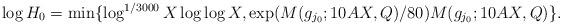
LaTeX: \begin{align*} \log H_0 = \min\{\log^{1/3000} X \log\log X, \exp(M(g_{j_0};10AX, Q)/80) M(g_{j_0};10AX, Q)\}. \end{align*}